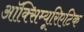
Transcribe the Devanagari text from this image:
ऑक्सिम्यूरिएटिक